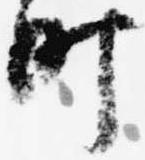
町